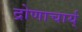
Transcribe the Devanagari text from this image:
द्रोणाचार्य्